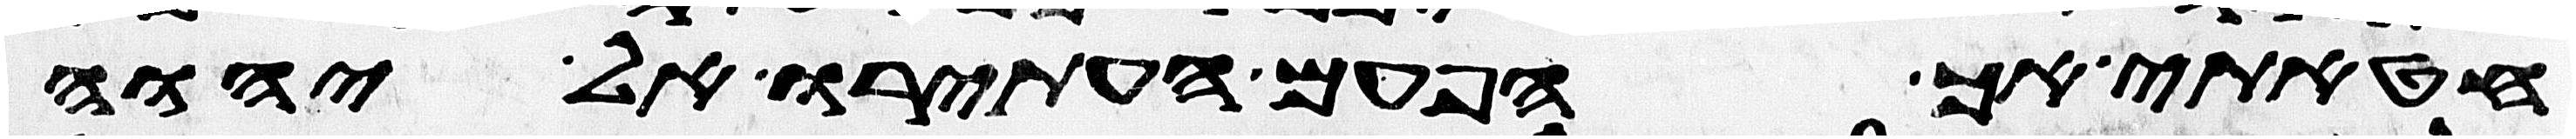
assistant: חטאתי אך הפעם העתירו אל יהוה